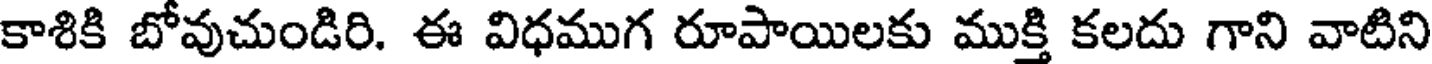
కాశికి బోవుచుండిరి. ఈ విధముగ రూపాయిలకు ముక్తి కలదు గాని వాటిని